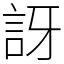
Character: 訝